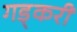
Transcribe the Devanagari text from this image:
गड्करी